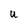
Character: u